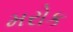
મરોક